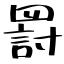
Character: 罸